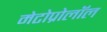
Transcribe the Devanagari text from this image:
मेटोप्रोलॉल